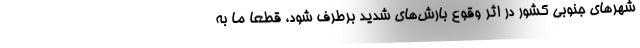
شهر‌های جنوبی کشور در اثر وقوع بارش‌های شدید برطرف شود، قطعا ما به